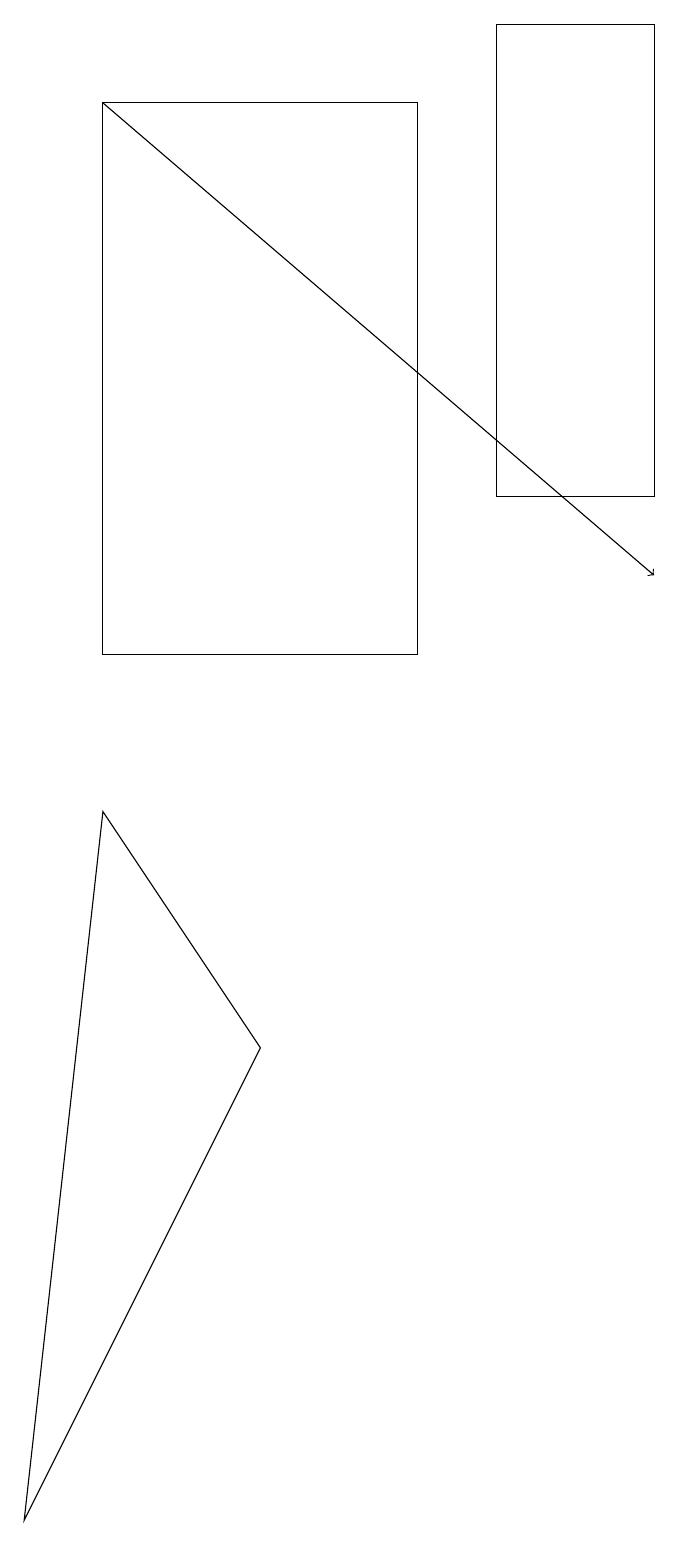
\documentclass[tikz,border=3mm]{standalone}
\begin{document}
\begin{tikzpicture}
\draw (2,11) rectangle (6,18);
\draw (4,6) -- (2,9) -- (1,0) -- cycle;
\draw (9,19) rectangle (7,13);
\draw[->] (2,18) -- (9,12);
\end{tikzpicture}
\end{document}